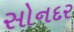
સોનદર